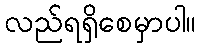
လည်ရရှိစေမှာပါ။